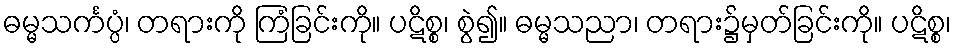
ဓမ္မသင်္ကပ္ပံ၊ တရားကို ကြံခြင်းကို။ ပဋိစ္စ၊ စွဲ၍။ ဓမ္မသညာ၊ တရား၌မှတ်ခြင်းကို။ ပဋိစ္စ၊